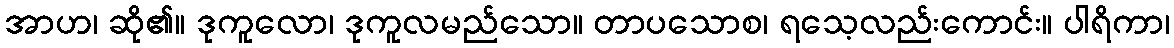
အာဟ၊ ဆို၏။ ဒုကူလော၊ ဒုကူလမည်သော။ တာပသောစ၊ ရသေ့လည်းကောင်း။ ပါရိကာ၊